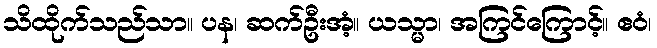
သိထိုက်သည်သာ။ ပန၊ ဆက်ဦးအံ့။ ယသ္မာ၊ အကြင်ကြောင့်။ ဧဝံ၊